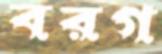
বরগ